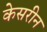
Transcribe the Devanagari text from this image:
केसरीन